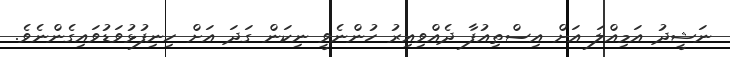
ނަޝީދު އަމިއްލަ އަށް އިސްތިއުފާ ދެއްވިއިރު ހުންނެވީ ނިކަން ގަދަ އަށް ހިނިފުޅުވަޑުވައިގެންނެވެ.